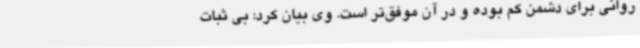
روانی برای دشمن کم بوده و در آن موفق‌تر است. وی بیان کرد: بی ثبات